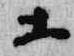
等